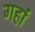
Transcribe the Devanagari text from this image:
गर्हा